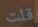
قلت